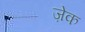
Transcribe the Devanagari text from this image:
ज़ेक